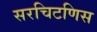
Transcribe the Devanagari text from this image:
सरचिटणिस